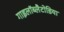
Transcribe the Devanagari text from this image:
गाइलॉब्लैटोडिया